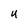
Character: u